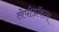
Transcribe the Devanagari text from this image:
लेपीडॉक्टरा